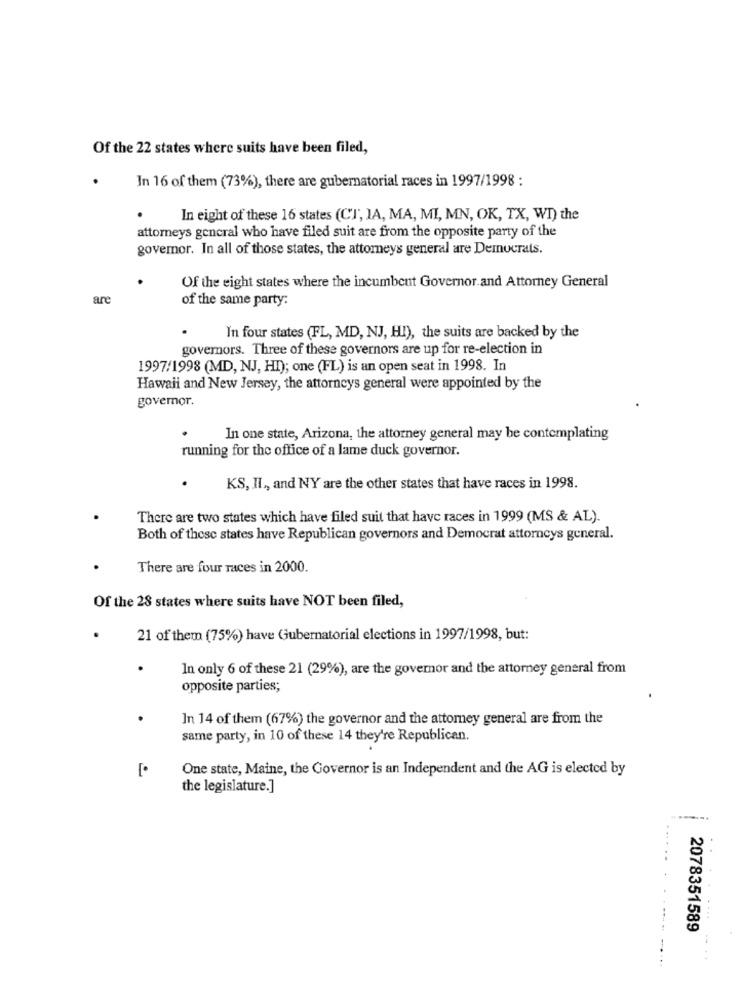
Of the 22 states where suits have been filed,
In 16 of them (73%), there are gubernatorial races in 1997/1998 :
In eight of these 16 states (CT, IA, MA, MI, MN, OK, TX, WI) the
attorneys general who have filed suit are from the opposite party of the
governor. In all of those states, the attorneys general are Democrats.
Of the eight states where the incumbent Governor.and Attorney General
ar
of the same party:
In four states (FL, MD, NJ, HI), the suits are backed by the
governors. Three of these governors are up for re-election in
1997/1998 (MD, NJ, HI); one (FL) is an open seat in 1998. In
Hawaii and New Jersey, the attorneys general were appointed by the
governor.
In one state, Arizona, the attorney general may be contemplating
running for the office of a lame duck governor.
KS, II ,, and NY are the other states that have races in 1998.
There are two states which have filed suit that have races in 1999 (MS & AL).
Both of these states have Republican governors and Democrat attorneys general.
There are four races in 2000.
Of the 28 states where suits have NOT been filed,
21 of them (75%) have Gubernatorial elections in 1997/1998, but:
In only 6 of these 21 (29%), are the governor and the attorney general from
opposite parties;
.
In 14 of them (67%) the governor and the attorney general are from the
same party, in 10 of these 14 they're Republican.
One state, Maine, the Governor is an Independent and the AG is elected by
the legislature.]
..
2078351589